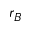
r _ { B }